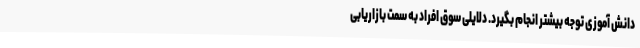
دانش آموزی توجه بیشتر انجام بگیرد. دلایلی سوق افراد به سمت بازاریابی